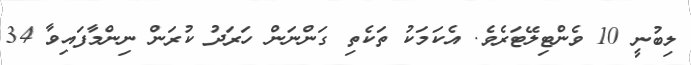
ލިބުނީ 10 ވެންޓިލޭޓަރެވެ. އެކަމަކު ތަކެތި ގަންނަން ހަރަދު ކުރަން ނިންމާފައިވާ 34